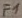
Text: F1